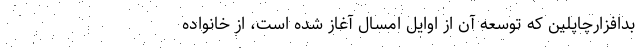
بدافزارچاپلین که توسعه آن از اوایل امسال آغاز شده است، از خانواده